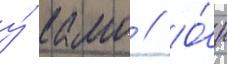
у́ камо // О́н